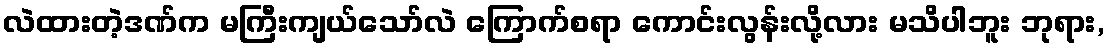
လဲထားတဲ့ဒဏ်က မကြီးကျယ်သော်လဲ ကြောက်စရာ ကောင်းလွန်းလို့လား မသိပါဘူး ဘုရား,